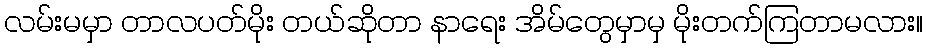
လမ်းမမှာ တာလပတ်မိုး တယ်ဆိုတာ နာရေး အိမ်တွေမှာမှ မိုးတက်ကြတာမလား။